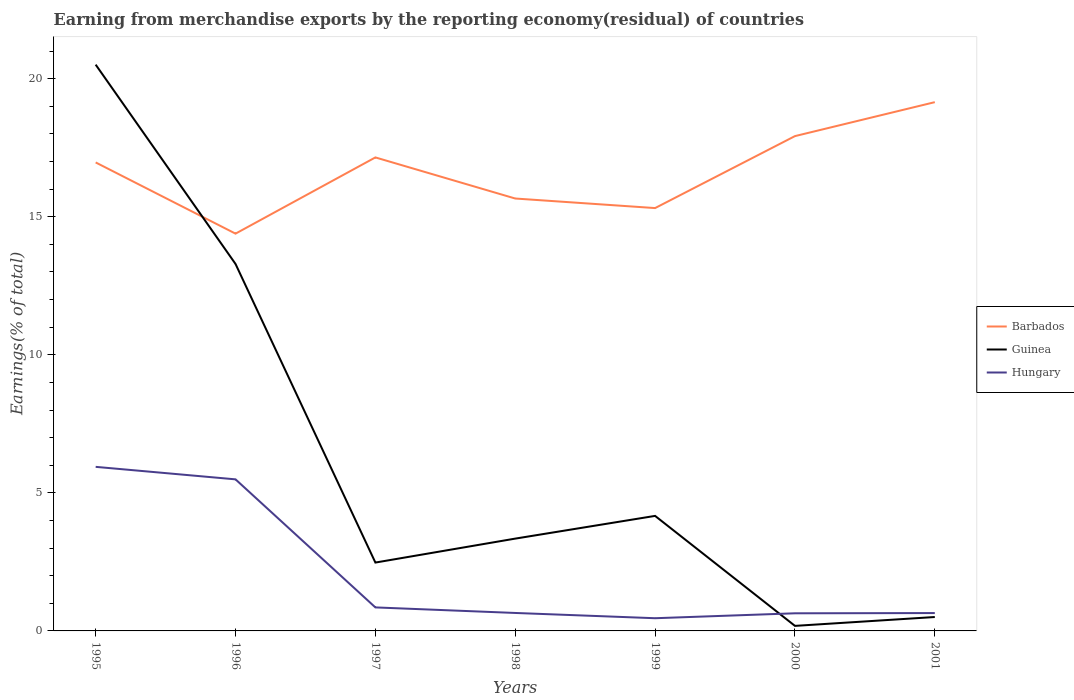
| Years | Barbados | Guinea | Hungary |
 | --- | --- | --- | --- |
 | 1995 | 17 | 20.5 | 5.94 |
 | 1996 | 14.4 | 13.3 | 5.49 |
 | 1997 | 17.1 | 2.48 | 0.852 |
 | 1998 | 15.7 | 3.34 | 0.65 |
 | 1999 | 15.3 | 4.17 | 0.46 |
 | 2000 | 17.9 | 0.183 | 0.638 |
 | 2001 | 19.1 | 0.504 | 0.647 |